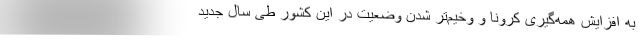
به افزایش همه‌گیری کرونا و وخیم‌تر شدن وضعیت در این کشور طی سال جدید